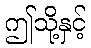
ဤသို့နှင့်